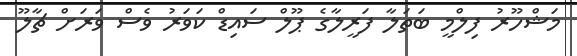
މަޝްހޫރު ފިލްމީ ބަތަލާ ފަރީލާގެ ޕޫލް ސައިޑް ކަވަރު ވެސް ވަރަށް ޗާލޫ